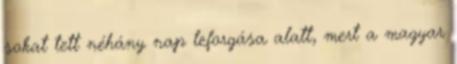
sokat tett néhány nap leforgása alatt, mert a magyar